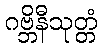
ဂဗ္ဘိနီသုတ္တံ